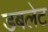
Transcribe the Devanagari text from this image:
डबलेट